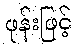
ဖုန်းဖြင့်